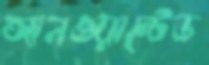
আনওয়ান্টেড